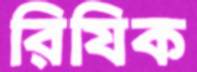
রিযিক